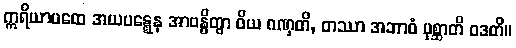
ဣရိယာပထေ အယပဋ္ဋေန အာဗန္ဓိတွာ ဝိယ ဂဏှတိ, တဿာ အဘာဝံ ပုစ္ဆာတိ ဝဒတိ။